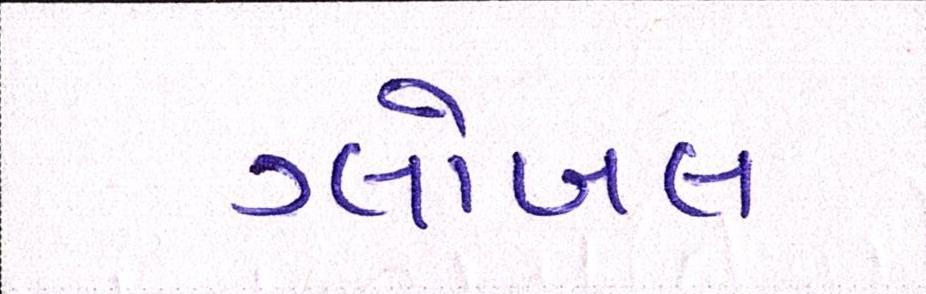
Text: ગ્લોબલ